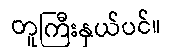
တူကြီးနှယ်ပင်။